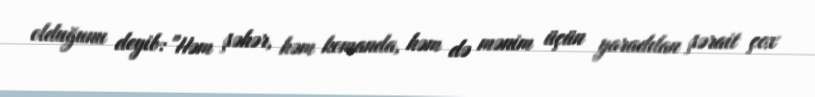
olduğunu deyib: "Həm şəhər, həm komanda, həm də mənim üçün yaradılan şərait çox